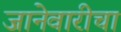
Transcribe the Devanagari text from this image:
जानेवारीचा